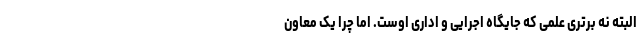
البته نه برتری علمی که جایگاه اجرایی و اداری او‌ست. اما چرا یک معاون